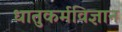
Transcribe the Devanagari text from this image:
धातुकर्मविज्ञान